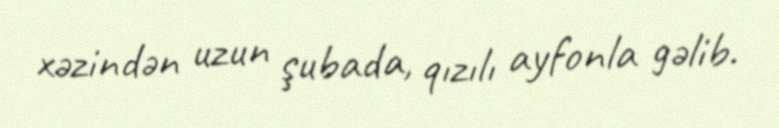
xəzindən uzun şubada, qızılı ayfonla gəlib.